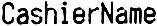
CASHIERNAME